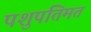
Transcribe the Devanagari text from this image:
पशुपतिमतं